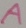
Text: A